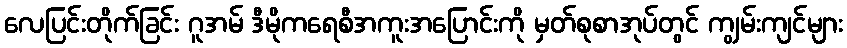
လေပြင်းတိုက်ခြင်း ဂူအမ် ဒီမိုကရေစီအကူးအပြောင်းကို မှတ်စုစာအုပ်တွင် ကျွမ်းကျင်များ